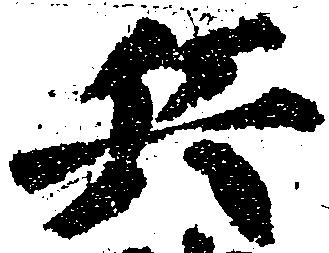
兵